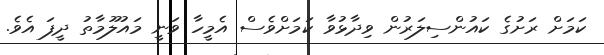
ކަމަށް ރަށުގެ ކައުންސިލަރުން ވިދާޅުވާ ކަމަށްވެސް އެމީހާ ވަނީ މައުލޫމާތު ދީފަ އެވެ.